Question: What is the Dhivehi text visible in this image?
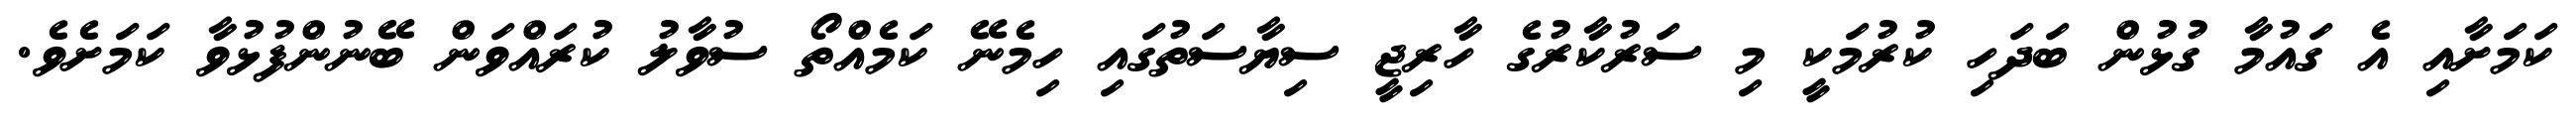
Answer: ކަމަށާއި އެ ގައުމާ ގުޅުން ބަދަހި ކުރުމަކީ މި ސަރުކާރުގެ ހާރިޖީ ސިޔާސަތުގައި ހިމެނޭ ކަމެއްތޯ ސުވާލު ކުރައްވަން ބޭނުންފުޅުވާ ކަމަށެވެ.